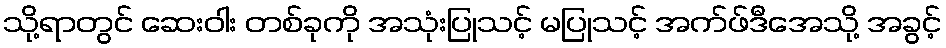
သို့ရာတွင် ဆေးဝါး တစ်ခုကို အသုံးပြုသင့် မပြုသင့် အက်ဖ်ဒီအေသို့ အခွင့်